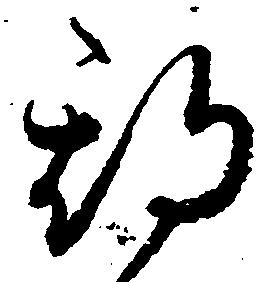
期